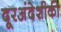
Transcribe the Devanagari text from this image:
दूरअंदेशीकी